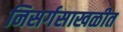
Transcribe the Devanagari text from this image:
निसर्गसाखळीत